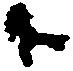
下